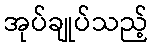
အုပ်ချုပ်သည့်